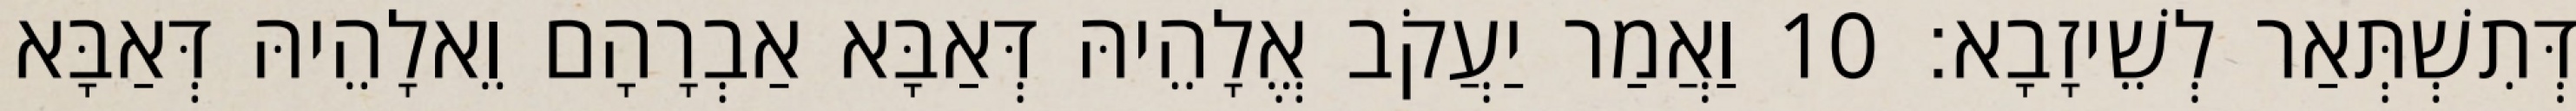
דְּתִשְׁתְּאַר לְשֵׁיזָבָא׃ 10 וַאֲמַר יַעֲקֹב אֱלָהֵיהּ דְּאַבָּא אַבְרָהָם וֵאלָהֵיהּ דְּאַבָּא